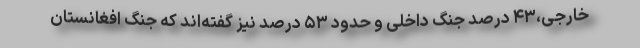
خارجی،۴۳ درصد جنگ داخلی و حدود ۵۳ درصد نیز گفته‌اند که جنگ افغانستان